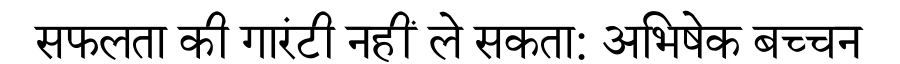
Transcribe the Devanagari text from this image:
सफलता की गारंटी नहीं ले सकता: अभिषेक बच्चन